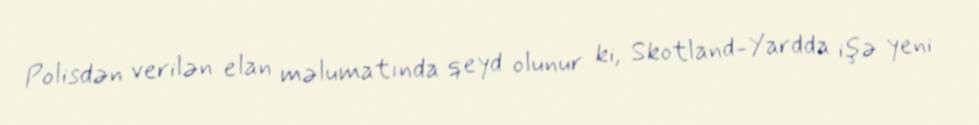
Polisdən verilən elan məlumatında qeyd olunur ki, Skotland-Yardda işə yeni